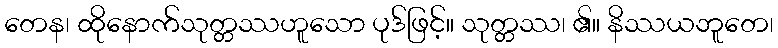
တေန၊ ထိုနောက်သုတ္တဿဟူသော ပုဒ်ဖြင့်။ သုတ္တဿ၊ ၏။ နိဿယဘူတေ၊